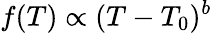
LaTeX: f(T)\propto(T-T_{0})^{b}